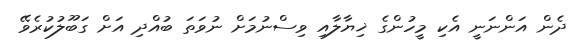
ދެން އަންނަނީ އެކި މީހުންގެ ޚިޔާލާއި ވިސްނުމަށް ނުވަތަ ބުއްދި އަށް ގަބޫލުކުރެވޭ